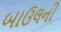
બાઉલની